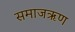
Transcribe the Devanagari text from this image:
समाजऋण